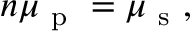
n \mu _ { \mathrm { ~ p ~ } } = \mu _ { \mathrm { ~ s ~ } } ,